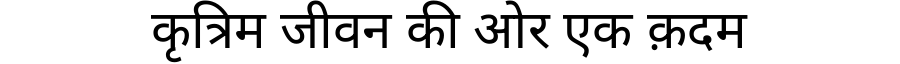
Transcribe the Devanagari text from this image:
कृत्रिम जीवन की ओर एक क़दम